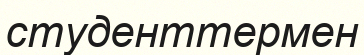
студенттермен